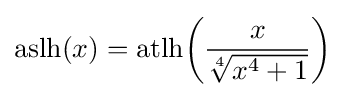
{\text{aslh}}(x)={\text{atlh}}{\biggl (}{\frac {x}{\sqrt[{4}]{x^{4}+1}}}{\biggr )}